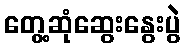
တွေ့ဆုံဆွေးနွေးပွဲ